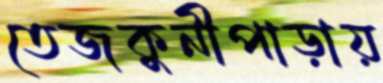
তেজকুনীপাড়ায়